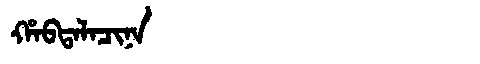
Manchu: ᡥᠠᠪᡨᠠᠯᠠᠴᡳᠨᠠ
Romanization: HABTALACINA